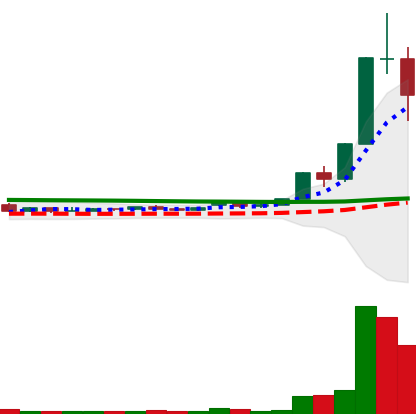
Ticker: XLM-USD
Chart end date: 2020-11-26
Forward return: 10.073%
Label: up_7plus